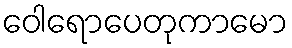
ဝေါရောပေတုကာမော